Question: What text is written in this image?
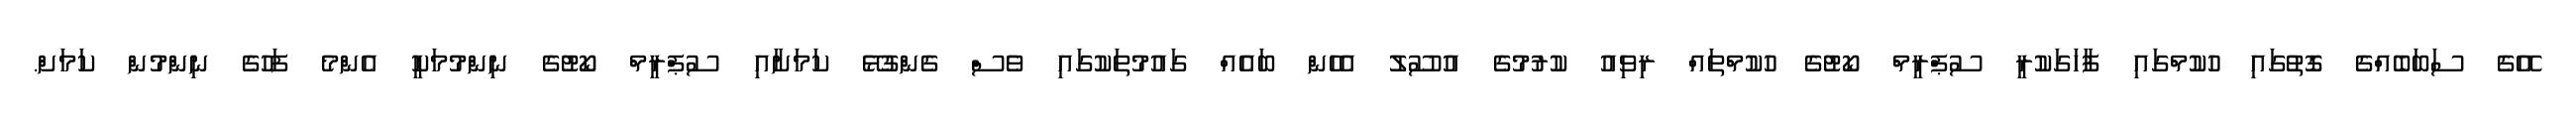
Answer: އޭގެ ސަބަބެއްގެ ގޮތުގައި ހުކުމްގައި ފާހަގަކުރީ ސުޕްރީމް ކޯޓުގެ ހުކުމްތައް ރިވިއު ކުރުމުގެ އުސޫލު އެހެން ބައެއް ގައުމުތަކުގައި ވެސް ގެންގުޅޭ ކަމަށާއި ސުޕްރީމް ކޯޓުގެ ނިންމުމަކީ އެންމެ ފަހުގެ ނިންމުން ކަމަށް.